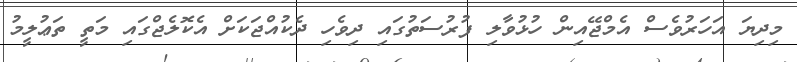
މިދިޔަ އަހަރުވެސް އެމްޖޭއިން ހުޅުވާލި ފުރުސަތުގައި ދިވެހި ދެކުއްޖަކަށް އެކޮލެޖްގައި މަތީ ތަޢުލީމު